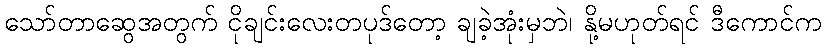
သော်တာဆွေအတွက် ငိုချင်းလေးတပုဒ်တော့ ချခဲ့အုံးမှဘဲ၊ နို့မဟုတ်ရင် ဒီကောင်က